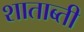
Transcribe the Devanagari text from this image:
शाताब्ती